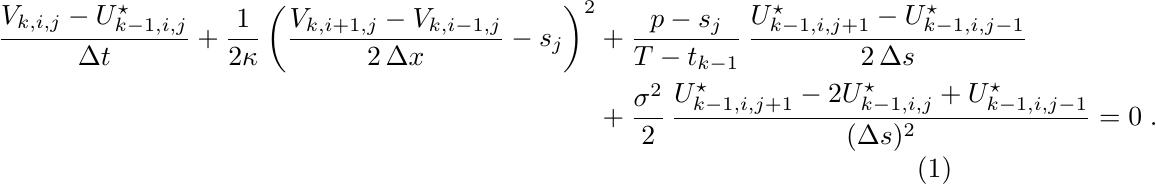
    \begin{equation}\label{eq:pin_dis_hjb}
        \begin{split}
            \frac{V_{k,i,j} -U^{\star}_{k-1,i,j}  }{\Delta t} + \frac{1}{2\kappa}\left(\frac{V_{k,i+1,j} -V_{k,i-1,j}  }{2\,\Delta x } - s_j \right)^2 &+ \frac{p-s_j}{T-t_{k-1}}\,\frac{U^{\star}_{k-1,i,j+1} -U^{\star}_{k-1,i,j-1}  }{2\,\Delta s } \\ &+ \frac{\sigma^2}{2}\,\frac{U^{\star}_{k-1,i,j+1} - 2U^{\star}_{k-1,i,j} +U^{\star}_{k-1,i,j-1} }{(\Delta s)^2} = 0\;.
        \end{split}
    \end{equation}